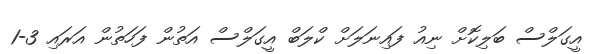
އީގަލްސް ބަލިކޮށް ނިއު ފައިނަލަށް ކްލަބް އީގަލްސް އަތުން ފަހަތުން އަރައި 3-1